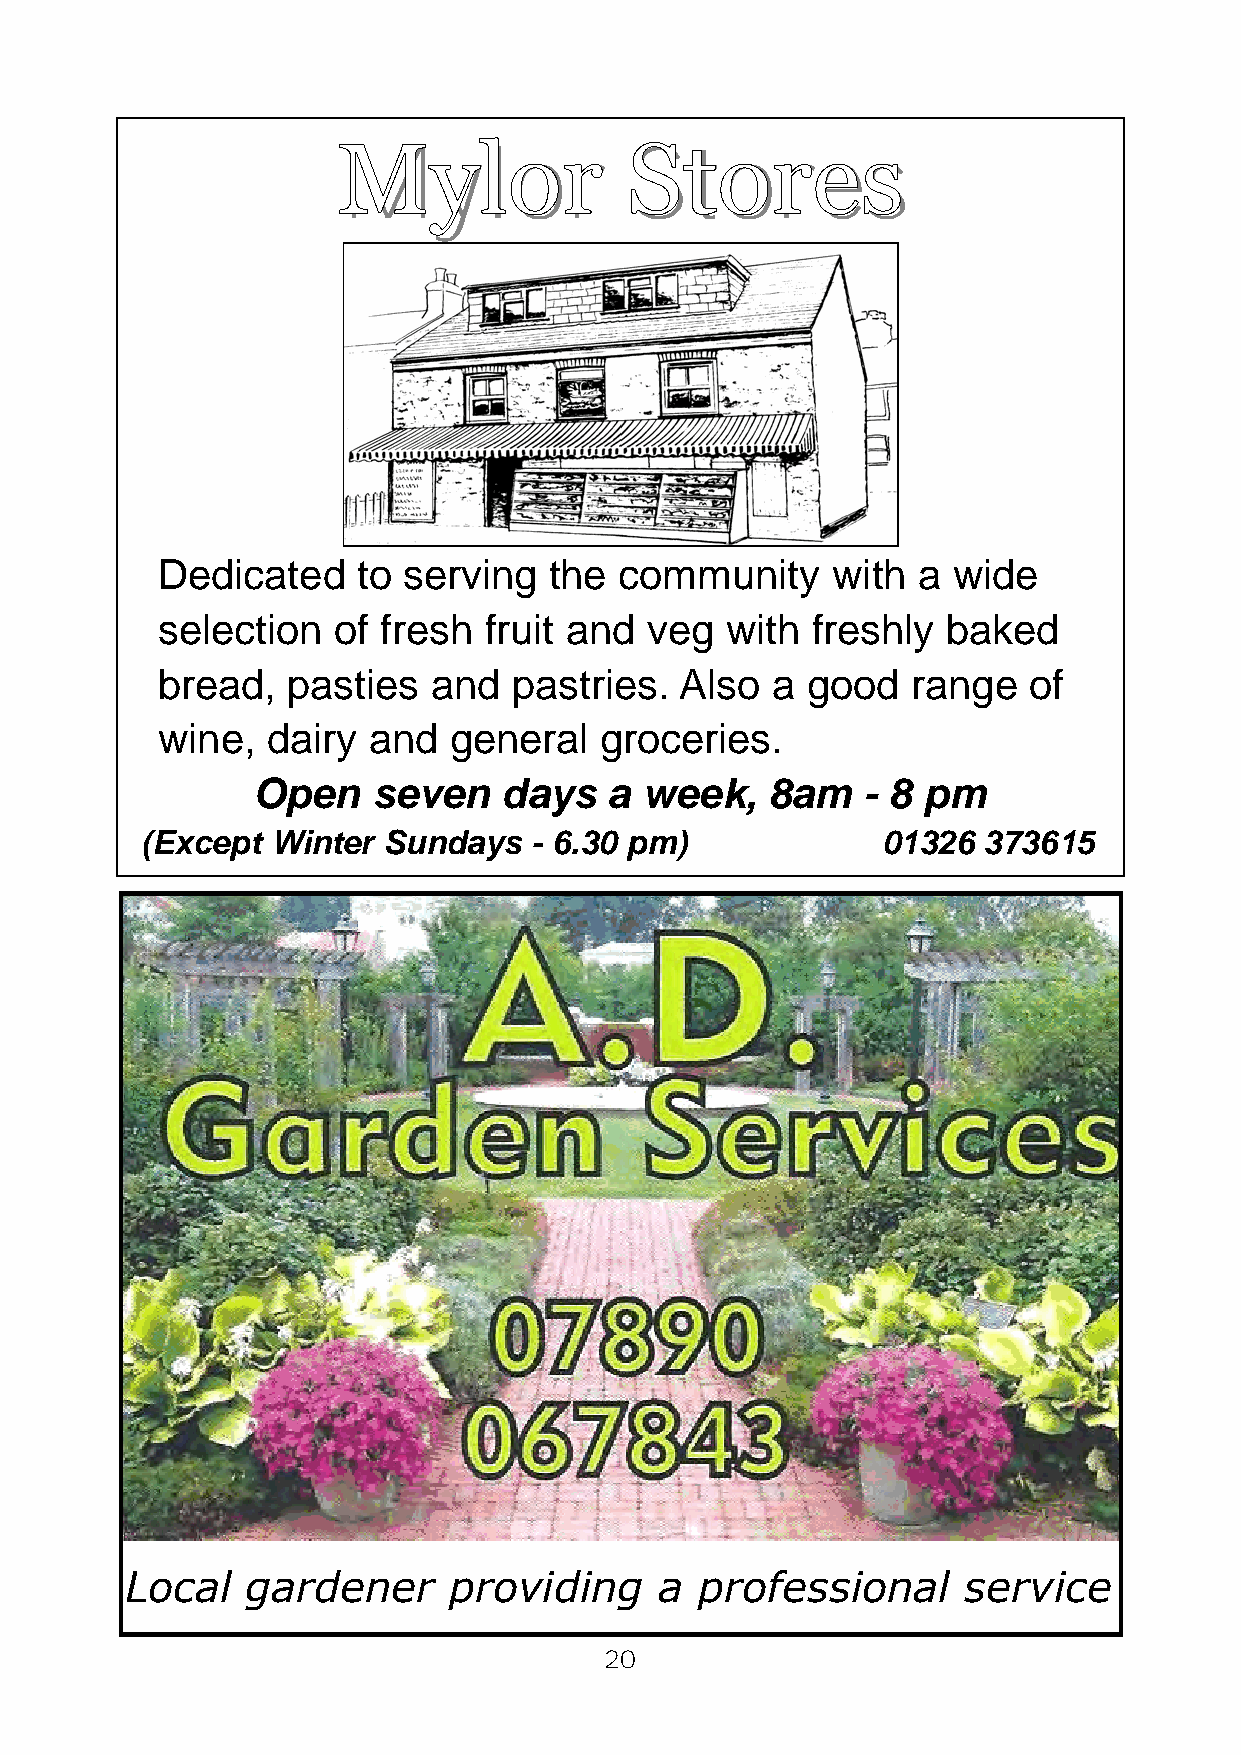
Mylor              Stores
 Dedicated     to serving  the  community     with  a wide
 selection   of fresh  fruit and  veg  with  freshly  baked
 bread,   pasties   and  pastries.  Also  a good   range   of
 wine,   dairy and   general   groceries.
 Open    seven   days   a  week,   8am   - 8 pm
 (Except  Winter Sundays   - 6.30 pm)             01326  373615
 Local   gardener      providing     a professional      service
 20